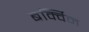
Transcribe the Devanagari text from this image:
बर्क्विन